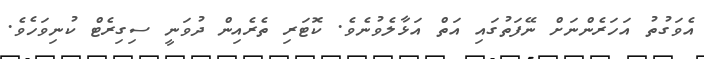
އެވަގުތު އަހަރެންނަށް ނޭފަތުގައި އަތް އަޅާލެވުނެވެ. ކޮޓަރި ތެރެއިން ދުވަނީ ސިގިރެޓް ކުނިވަހެވެ.